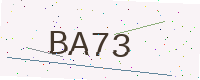
Text: BA73